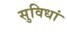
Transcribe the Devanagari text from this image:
सुविधां